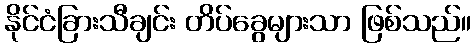
နိုင်ငံခြားသီချင်း တိပ်ခွေများသာ ဖြစ်သည်။